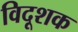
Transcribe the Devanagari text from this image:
विदूशक